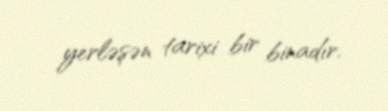
yerləşən tarixi bir binadır.